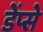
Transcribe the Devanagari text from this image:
डेंप्से